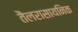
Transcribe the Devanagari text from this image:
तैलरासायनिक